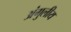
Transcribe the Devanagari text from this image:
अंगुलीय